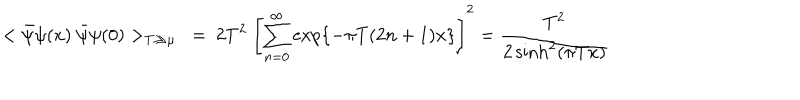
< \bar { \psi } \psi ( x ) ~ \bar { \psi } \psi ( 0 ) > _ { T \gg \mu } \ = \ 2 T ^ { 2 } \ \left[ \sum _ { n = 0 } ^ { \infty } \exp \{ - \pi T ( 2 n + 1 ) x \} \right] ^ { 2 } = \frac { T ^ { 2 } } { 2 \sinh ^ { 2 } ( \pi T x ) }